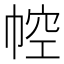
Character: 𢃐